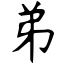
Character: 弟